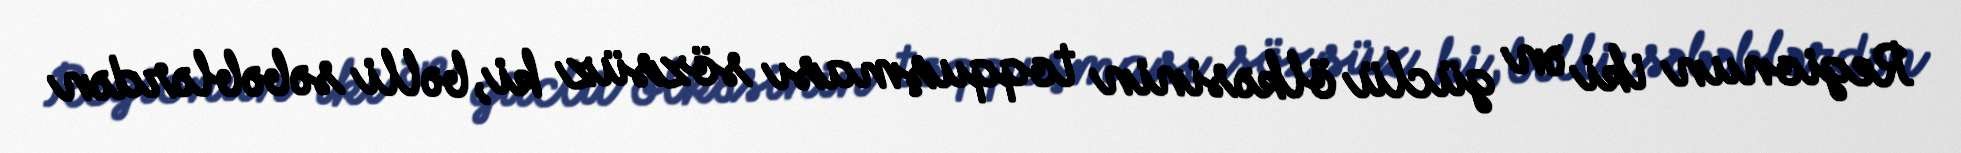
Regionun iki ən güclü ölkəsinin toqquşması sözsüz ki, bəlli səbəblərdən